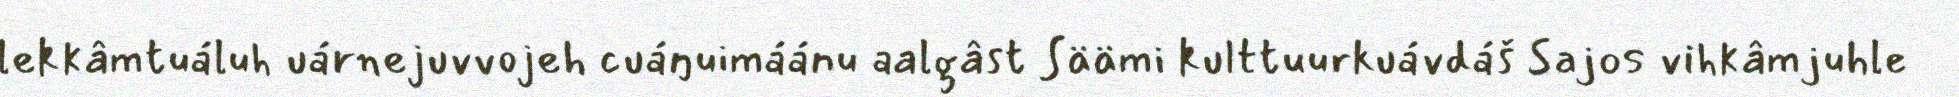
lekkâmtuáluh uárnejuvvojeh cuáŋuimáánu aalgâst Säämi kulttuurkuávdáš Sajos vihkâmjuhle